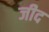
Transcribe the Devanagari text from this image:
जीद